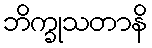
ဘိက္ခုသတာနိ